Madras plague regulations in force outside the Presidency town - Volume 1
Disease focus: Plague
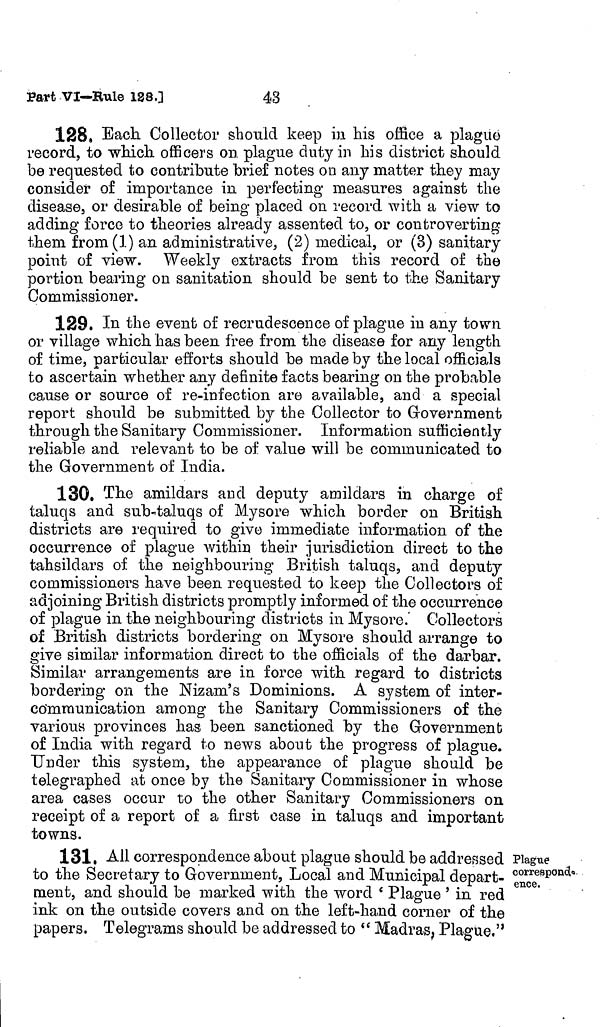
Part VI—Rule 128.]
43
128. Each Collector should keep in his office a plague
record, to which officers on plague duty in his district should
be requested to contribute brief notes on any matter they may
consider of importance in perfecting measures a.gainst the
disease, or desirable of being placed on record with a view to
adding force to theories already assented to, or controverting
them from(l) an administrative, (2) medical, or (3) sanitary
point of view. Weekly extracts from this record of the
portion bearing on sanitation should be sent to the Sanitary
Commissioner.
129. In the event of recrudescence of plague in any town
or village which has been free from the disease for any length
of time, particular efforts should be made by the local officiais
to ascertain whether any definite facts bearing on the probable
cause or source of re-infection are available, and a special
report should be submitted by the Collector to Government
through the Sanitary Commissioner. Information sufficiently
reliable and relevant to be of value will be communicated to
the Government of India.
130. The amildars and deputy amildars in charge of
taluqs and sub-taluqs of Mysore which border on British
districts are required to give immediate information of the
occurrence of plague within their jurisdiction direct to the
tahsildars of the neighbouring British taluqs, and deputy
commissioners have been requested to keep the Collectors of
adjoining British districts promptly informed of the occurrence
of plague in the neighbouring districts in Mysore. Collectors
of British districts bordering on Mysore should arrange to
give similar information direct to the officials of the darbar.
Similar arrangements are in force with regard to districts
bordering on the Nizam's Dominions. A system of inter-
communication among the Sanitary Commissioners of the
various provinces has been sanctioned by the Government
of India with regard to news about the progress of plague.
Under this system, the appearance of plague should be
telegraphed at once by the Sanitary Commissioner in whose
area cases occur to the other Sanitary Commissioners on
receipt of a report of a first case in taluqs and important
towns.
Plague
correspond,
ence.
131. All correspondence about plague should be addressed
to the Secretary to Government, Local and Municipal depart-
ment, and should be marked with the word ' Plague ' in red
ink on the outside covers and on the left-hand corner of the
papers. Telegrams should be addressed to " Madras ; Plague,"